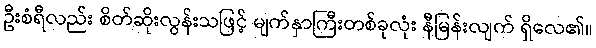
ဦးစံရီလည်း စိတ်ဆိုးလွန်းသဖြင့် မျက်နှာကြီးတစ်ခုလုံး နီမြန်းလျက် ရှိလေ၏။